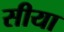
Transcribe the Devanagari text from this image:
सीया